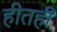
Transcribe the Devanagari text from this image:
हीतही